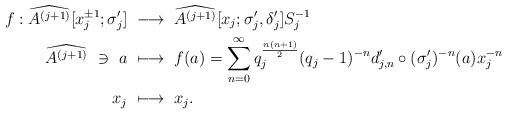
LaTeX: \begin{align*}f:\widehat{A^{(j+1)}}[x_j^{\pm 1};\sigma'_j] &{} ~ \longrightarrow ~ \widehat{A^{(j+1)}}[x_j;\sigma'_j,\delta'_j]S_j^{-1}\\\widehat{A^{(j+1)}} ~ \ni ~ a &{} ~ \longmapsto ~ f(a)=\sum_{n=0}^{\infty} q_j^{\frac{n(n+1)}{2}}(q_j-1)^{-n}d'_{j,n} \circ (\sigma'_j)^{-n}(a)x_j^{-n} \\x_j &{} ~ \longmapsto ~ x_j.\end{align*}